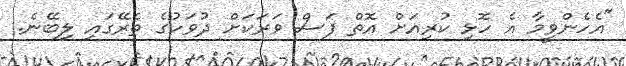
"އެހެންވީމާ އެ ހޮޅި ކުރިއަށް އޮތް ފަސް ވަރަކަށް ދުވަހުގެ ތެރޭގައި ލިބޭނެ.